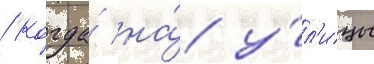
/ когда́ на́ у́л'ицы